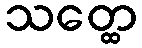
သတ္ထေ